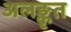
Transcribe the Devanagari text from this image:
अलङ्कृत